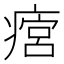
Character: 𤹜